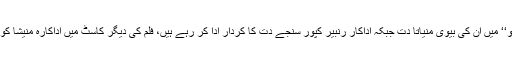
اداکارہ دیا مرزا ہدایتکار راج کمار ہیرانی کی اداکار سنجے دت کی زندگی پر بننے والی فلم ’’سنجو‘‘ میں ان کی بیوی منیاتا دت جبکہ اداکار رنبیر کپور سنجے دت کا کردار ادا کر رہے ہیں، فلم کی دیگر کاسٹ میں اداکارہ منیشا کوئرالہ، انوشکا شرما، سونم کپور اور دیگر شامل ہیں جو رواں سال 29جون کو ریلیز کی جائے گی۔